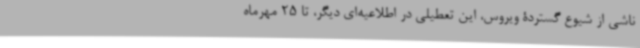
ناشی از شیوع گستردۀ ویروس، این تعطیلی در اطلاعیه‌ای دیگر، تا 25 مهرماه